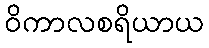
ဝိကာလစရိယာယ